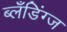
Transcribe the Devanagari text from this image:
ब्लँडिंग्ज